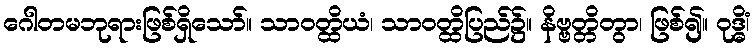
ဂေါတမဘုရားဖြစ်ရှိသော်။ သာဝတ္ထိယံ၊ သာဝတ္ထိပြည်၌။ နိဗ္ဗတ္တိတွာ၊ ဖြစ်၍။ ဝုဒ္ဓိံ၊